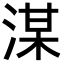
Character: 湈